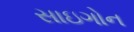
સાઇગોન